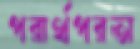
পরার্থপরতা